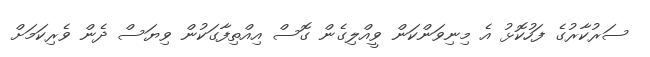
ސަރުކާރުގެ ފަހުކޮޅު އެ މިނިވަންކަން ވީއްލިގެން ގޮސް އިއްތިފާގަކުން ވިޔަސް ދެން ވެރިކަމަށް